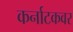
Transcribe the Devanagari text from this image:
कर्नाटकवर